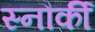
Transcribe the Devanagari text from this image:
स्नौर्की